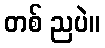
တစ် ညပဲ။